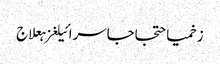
زخمیاحتجاجاسرائیلغزہعلاج